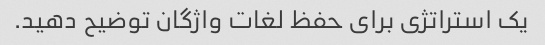
یک استراتژی برای حفظ لغات واژگان توضیح دهید.